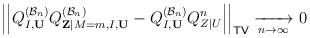
LaTeX: \begin{align*} \Big|\Big|Q^{(\mathcal{B}_n)}_{I,\mathbf{U}}Q^{(\mathcal{B}_n)}_{\mathbf{Z}|M=m,I,\mathbf{U}}-Q^{(\mathcal{B}_n)}_{I,\mathbf{U}}Q^n_{Z|U}\Big|\Big|_{\mathsf{TV}}\xrightarrow[n\to\infty]{}0\end{align*}